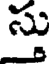
సు